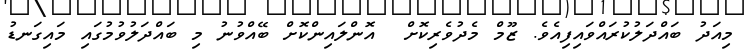
މިއަދު ބައްދަލުކުރައްވައިފިއެވެ. ޒޫމް މެދުވެރިކޮށް  އޮންލައިންކޮށް ބޭއްވުނު މި ބައްދަލުވުމުގައި މައިގަނޑު